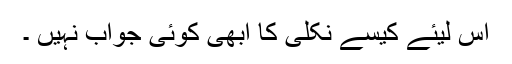
اس لیئے کیسے نکلی کا ابھی کوئی جواب نہیں ۔